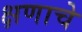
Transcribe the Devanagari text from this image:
क्षणाचे